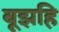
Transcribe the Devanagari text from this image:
बूझहि